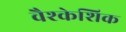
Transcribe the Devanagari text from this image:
वैश्केशिक